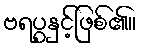
ဗရပွနှင့်ဖြစ်၏။